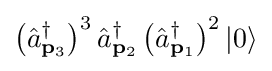
\left({\hat {a}}_{\mathbf {p} _{3}}^{\dagger }\right)^{3}{\hat {a}}_{\mathbf {p} _{2}}^{\dagger }\left({\hat {a}}_{\mathbf {p} _{1}}^{\dagger }\right)^{2}|0\rangle